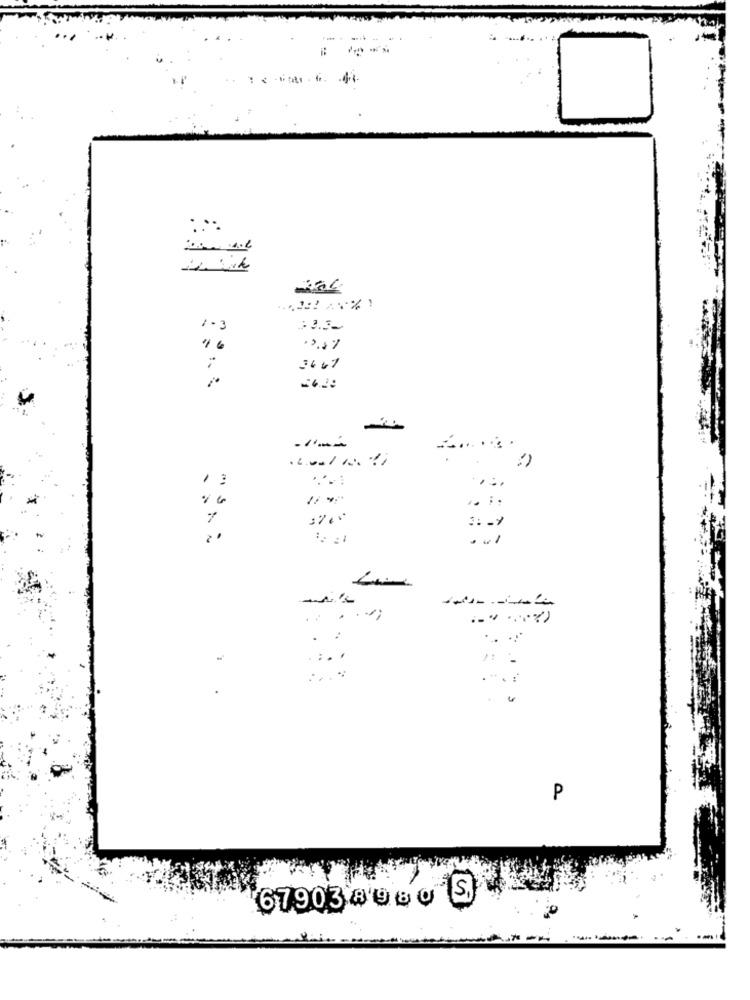
1.3
3667
.......
11%
: :
.. 1
..
....
P
67903 0 60